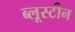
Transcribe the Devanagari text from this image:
ब्लूस्टीन